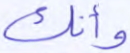
وأنك